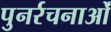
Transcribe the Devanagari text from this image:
पुनर्रचनाओं